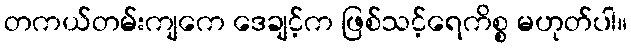
တကယ်တမ်းကျကေ ဒေချင့်က ဖြစ်သင့်ရေကိစ္စ မဟုတ်ပါ။